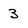
Character: 3